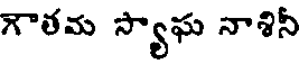
గౌతమ స్యాఘ నాశినీ